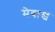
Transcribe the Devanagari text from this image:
मेबाख